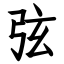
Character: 弦